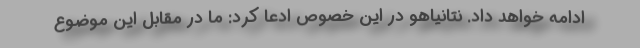
ادامه خواهد داد. نتانیاهو در این خصوص ادعا کرد: ما در مقابل این موضوع